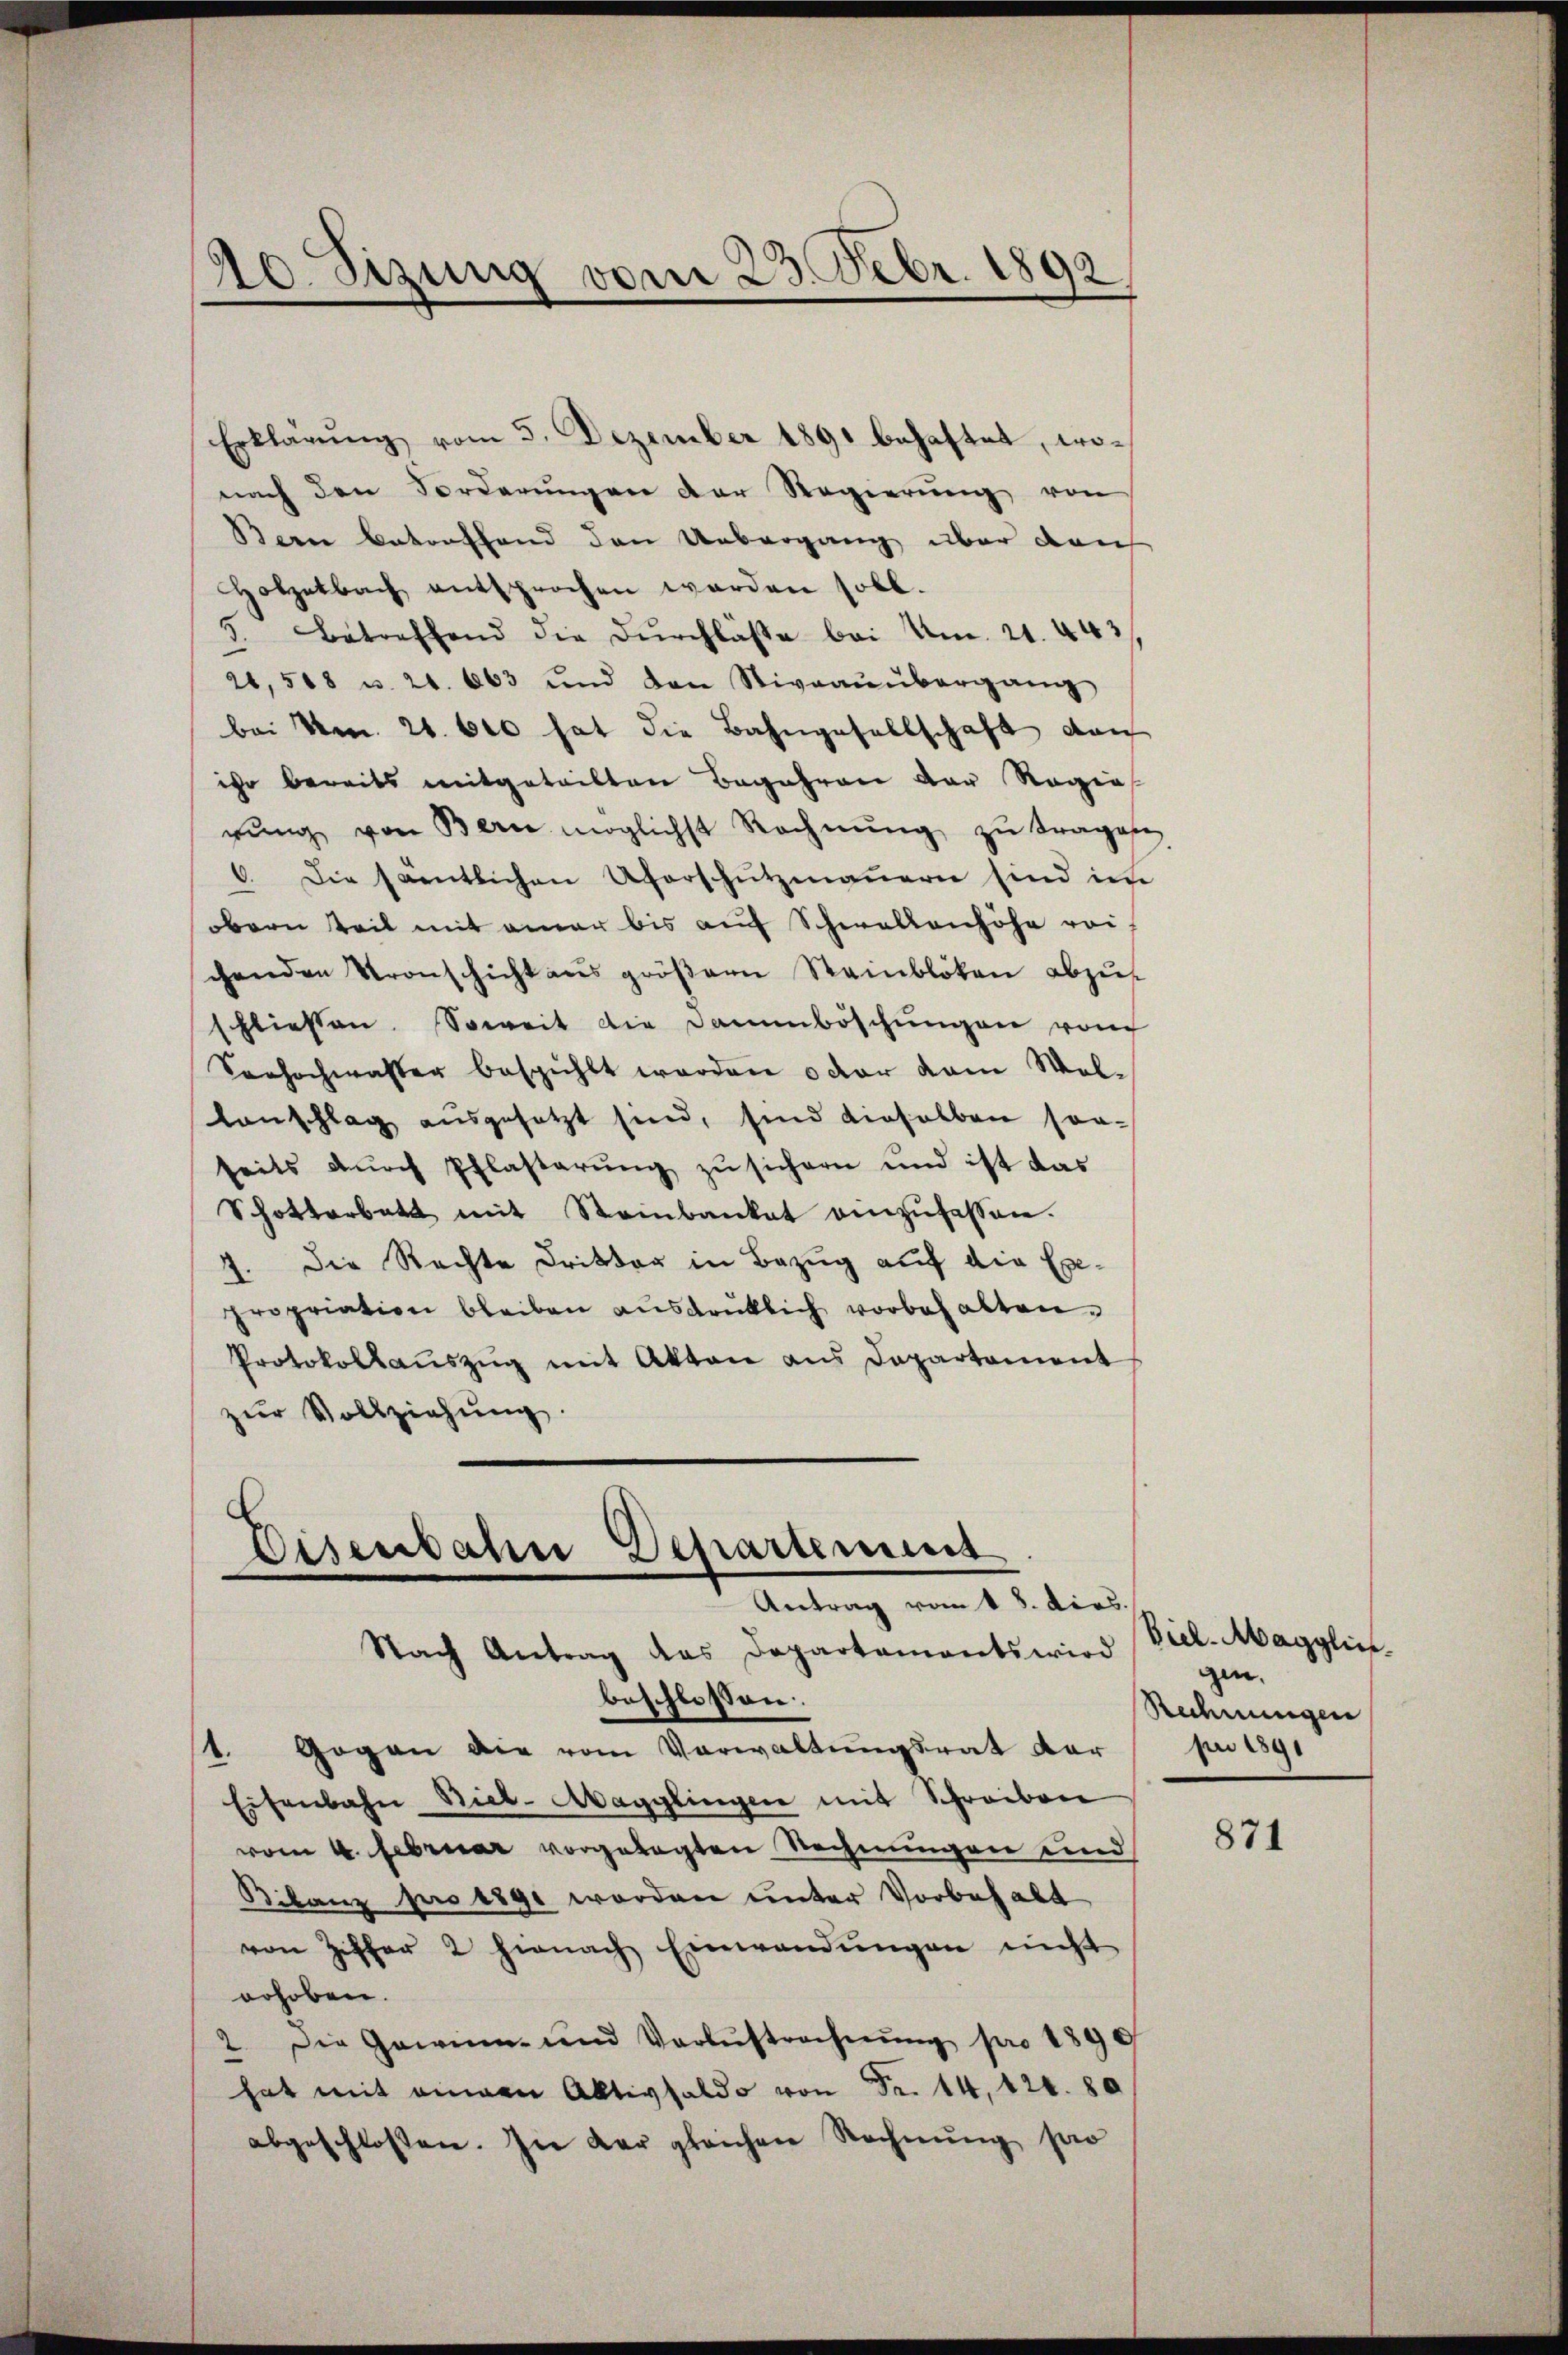
Erklärung vom 5. Dezember 1891 behaftet, wonach den Forderŭngen der Regierŭng von
Bern Betreffend den Uebergang über den
Holzetbach entsprochen werden soll.
3. Betreffend die Dŭrchlasse bei Am. 21. 443
26,508 u. 21. 663 und den Stivraŭübergang
bei Mon. 26. 600 hat die Bahngesellschaft den
ihr bereits mitgeteilten Begehren der Regie
rŭng von Bern möglichst Rechnŭng zŭ tragen
6. Die samtlichen Uferschutzmauern sind im
obern Teil mit einer bis auf Schwallenhöhe rei
chenden Kronschicht aus größern Steinbliken abzu
schliessen. Soweit die Dammböschungen von
Sonhochwasser bespicht worden oder vom Wal¬
Lanschlag ausgesetzt sind, sind dieselben son-
seits durch Pflasterung zu sichern und ist das
Schotterbatt mit Steinbanket einzufassen.
7. Die Rechte Dritter in Bezug auf die Expropriation bleiben ausdrüklich vorbehalten.
Protokollaŭszŭg mit Akten aus Departement
zŭr Vollziehung.

20. Sizung vom 23. Febr. 1892
e

Nach Antrag das Departaments wird
1. Gegen die vom Verwaltungsrat dar
Eisenbahn Biet-Aagglingen mit Schreiben
vom 4. Februar vorgelegten Rechnungen und
Bilanz pro 1890 werden unter Vorbehalt
von Ziffer 2 hienach Einwendungen nicht
erhoben.
2. Die Gewinn- und Verlustrechnŭng pro 1890
hat mit einem Aktivsaldo von Fr. 14, 124. 80
abgeschlossen. In der gleichen Rechnung pro

Disenbahn Departement
e
Antrag vom 18. dies.

beschlossen:

Biel-Magglin.
gen.
Rechnungen
pr 1891

871